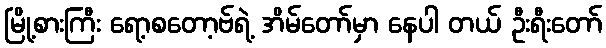
မြို့စားကြီး ရော့စတော့ဗ်ရဲ့ အိမ်တော်မှာ နေပါ တယ် ဦးရီးတော်